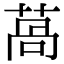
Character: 萵